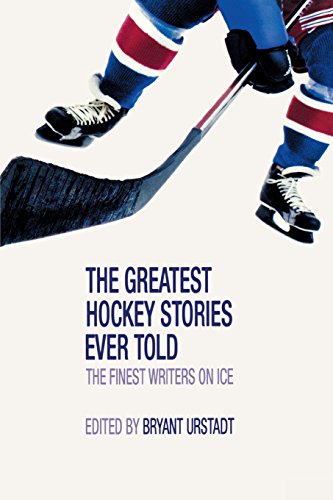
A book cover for Greatest Hockey Stories Ever Told: The Finest Writers On Ice; Sports & Outdoors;